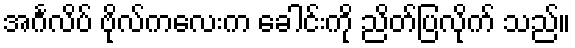
အင်္ဂလိပ် ဗိုလ်ကလေးက ခေါင်းကို ညိတ်ပြလိုက် သည်။